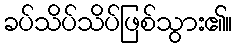
ခပ်သိပ်သိပ်ဖြစ်သွား၏။